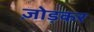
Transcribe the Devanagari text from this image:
ज़ोड़कर